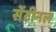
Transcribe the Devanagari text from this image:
सेंटीनल